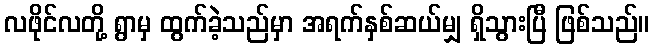
လဖိုင်လတို့ ရွာမှ ထွက်ခဲ့သည်မှာ အရက်နှစ်ဆယ်မျှ ရှိသွားပြီ ဖြစ်သည်။